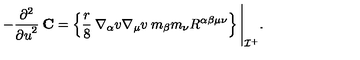
- \frac { \partial ^ { 2 } } { { \partial u } ^ { 2 } } \: { \bf C } = \left\{ \frac { r } { 8 } \: \nabla _ { \alpha } v \nabla _ { \mu } v \: m _ { \beta } m _ { \nu } R ^ { \alpha \beta \mu \nu } \right\} \Biggl | _ { { \cal I } ^ { + } } .